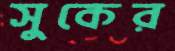
সুকের